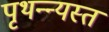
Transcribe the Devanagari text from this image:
पृथन्न्यस्त